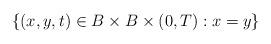
LaTeX: \begin{align*}\left\{(x,y,t)\in B \times B \times (0,T): x=y \right\}\end{align*}